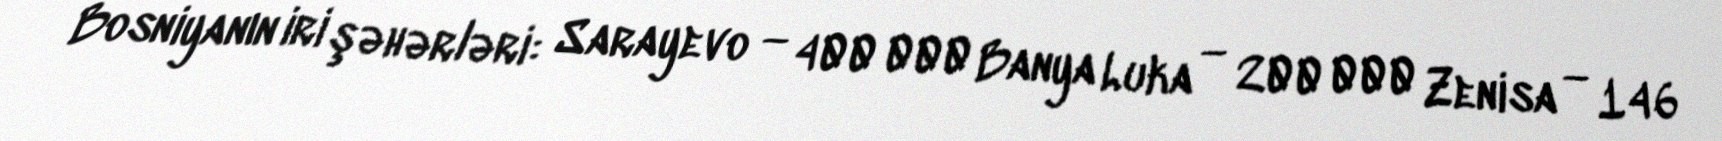
Bosniyanın iri şəhərləri: Sarayevo — 400 000 Banya Luka — 200 000 Zenisa — 146